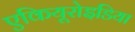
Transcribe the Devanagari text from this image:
एकियूरोइडिया